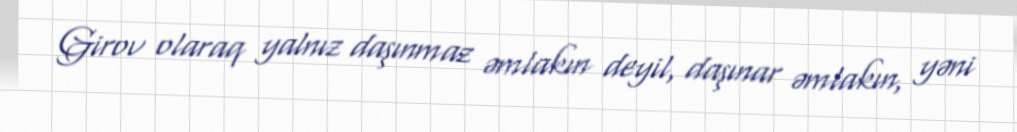
Girov olaraq yalnız daşınmaz əmlakın deyil, daşınar əmlakın, yəni